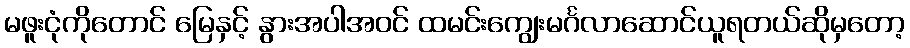
မဖူးငုံကိုတောင် မြေနှင့် နွားအပါအဝင် ထမင်းကျွေးမင်္ဂလာဆောင်ယူရတယ်ဆိုမှတော့